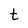
Character: t